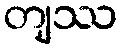
တျဿ